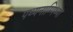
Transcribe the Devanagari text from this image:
पथ्यनाम्पिथ्या